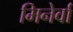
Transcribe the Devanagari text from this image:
मिनेर्वा